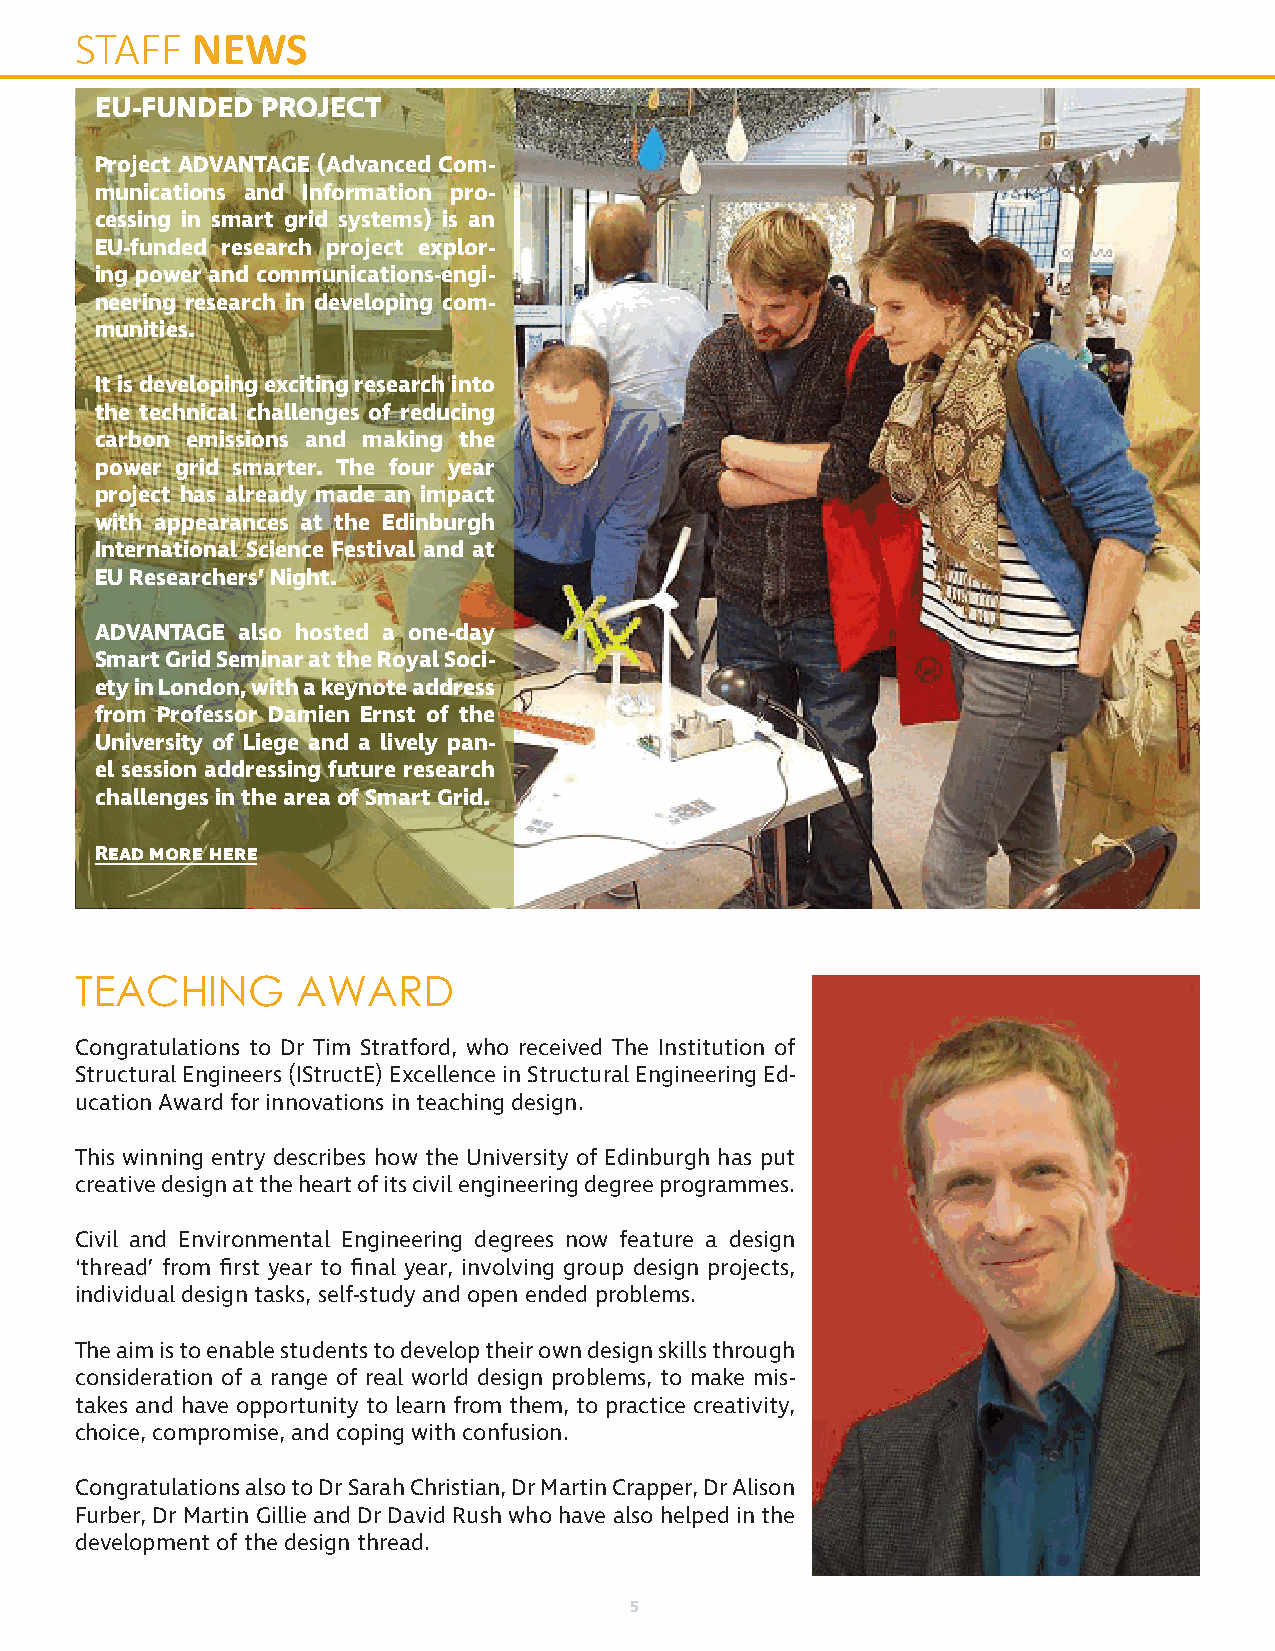
STAFF   NEWS
 EU-FUNDED  PROJECT
 Project ADVANTAGE (Advanced Com-
 munications and Information pro-
 cessing in smart grid systems) is an
 EU-funded research project explor-
 ing power and communications-engi-
 neering research in developing com-
 munities.
 It is developing exciting research into
 the technical challenges of reducing
 carbon emissions and making the
 power grid smarter. The four year
 project has already made an impact
 with appearances at the Edinburgh
 International Science Festival and at
 EU Researchers’ Night.
 ADVANTAGE also hosted a one-day
 Smart Grid Seminar at the Royal Soci-
 ety in London, with a keynote address
 from Professor Damien Ernst of the
 University of Liege and a lively pan-
 el session addressing future research
 challenges in the area of Smart Grid.
 Read more here
 TEACHING       AWARD
 Congratulations to Dr Tim Stratford, who received The Institution of
 Structural Engineers (IStructE) Excellence in Structural Engineering Ed-
 ucation Award for innovations in teaching design.
 This winning entry describes how the University of Edinburgh has put
 creative design at the heart of its civil engineering degree programmes.
 Civil and Environmental Engineering degrees now feature a design
 ‘thread’ from first year to final year, involving group design projects,
 individual design tasks, self-study and open ended problems.
 The aim is to enable students to develop their own design skills through
 consideration of a range of real world design problems, to make mis-
 takes and have opportunity to learn from them, to practice creativity,
 choice, compromise, and coping with confusion.
 Congratulations also to Dr Sarah Christian, Dr Martin Crapper, Dr Alison
 Furber, Dr Martin Gillie and Dr David Rush who have also helped in the
 development of the design thread.
 5